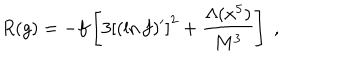
LaTeX: R ( g ) = - f \left[ 3 \left[ ( \ln f ) ^ { \prime } \right] ^ { 2 } + \frac { \Lambda ( x ^ { 5 } ) } { M ^ { 3 } } \right] \; ,